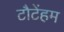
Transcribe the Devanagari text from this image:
टौटेंहम